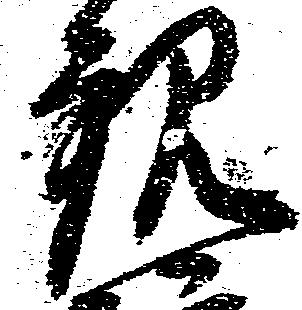
観